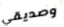
وصديقي